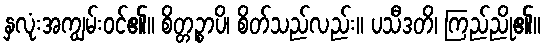
နှလုံးအကျွမ်းဝင်၏။ စိတ္တဉ္စာပိ၊ စိတ်သည်လည်း။ ပသီဒတိ၊ ကြည်ညို၏။